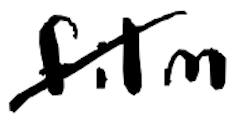
Text: film
Cross-out: diagonal
Writing tool: digital_black